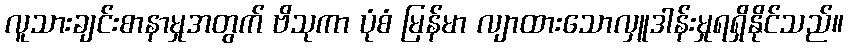
လူသားချင်းစာနာမှုအတွက် ဗိသုကာ ပုံစံ မြန်မာ လျာထားသောလှူဒါန်းမှုရရှိနိုင်သည်။